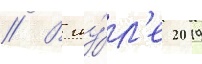
// В иу́л'е 2019